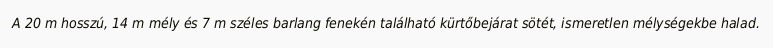
A 20 m hosszú, 14 m mély és 7 m széles barlang fenekén található kürtőbejárat sötét, ismeretlen mélységekbe halad.